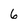
Character: 6